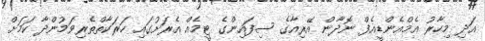
އަދި މިހާރު އެމްއެންޑީއެފް ނޮދާން އޭރިއާގެ ސިފައިންގެ ޓީމެއް އެރަށުގައި ހަރަކާތްތެރިވަމުންދާ ކަމަށް